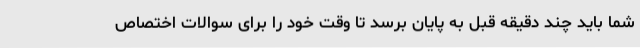
شما باید چند دقیقه قبل به پایان برسد تا وقت خود را برای سوالات اختصاص